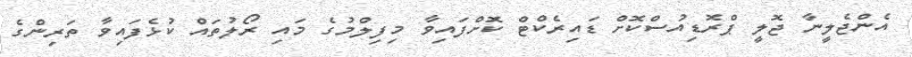
އެންޖެލީނާ ޖޮލީ ޕްރޮޑިއުސްކޮށް ޑައިރެކްޓް ކޮށްފައިވާ މިފިލްމުގެ މައި ރޯލުތައް ކުޅެފައިވާ ތަރިންގެ